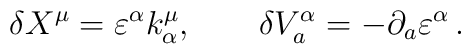
\delta X^\mu =\varepsilon^\alpha k_\alpha^\mu ,\qquad\delta V_a^\alpha =-\partial_a \varepsilon^\alpha \,.